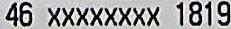
46 XXXXXXXX 1819